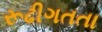
રૂઢીગતતા